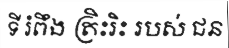
ទី រំពឹង ត្រិះរិះ របស់ ជន